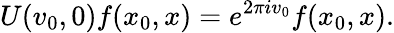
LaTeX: U(v_{0},0)f(x_{0},x)=e^{2\pi iv_{0}}f(x_{0},x).